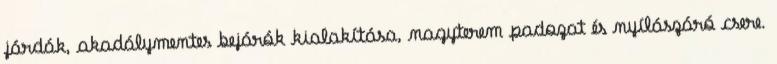
járdák, akadálymentes bejárók kialakítása, nagyterem padozat és nyílászáró csere.